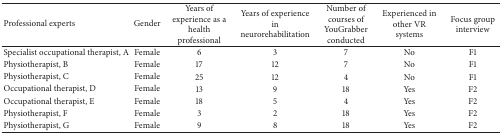
| Professional experts | Gender | Years of experience as a health professional | Years of experience in neurorehabilitation | Number of courses of YouGrabber conducted | Experienced in other VR systems | Focus group interview |
 | --- | --- | --- | --- | --- | --- | --- |
 | Specialist occupational therapist, A | Female | 6 | 3 | 7 | No | F1 |
 | Physiotherapist, B | Female | 17 | 12 | 7 | No | F1 |
 | Physiotherapist, C | Female | 25 | 12 | 4 | No | F1 |
 | Occupational therapist, D | Female | 13 | 9 | 18 | Yes | F2 |
 | Occupational therapist, E | Female | 18 | 5 | 4 | Yes | F2 |
 | Physiotherapist, F | Female | 3 | 2 | 18 | Yes | F2 |
 | Physiotherapist, G | Female | 9 | 8 | 18 | Yes | F2 |